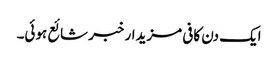
ایک دن کافی مزیدار خبر شائع ہوئی۔